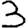
Digit: 3